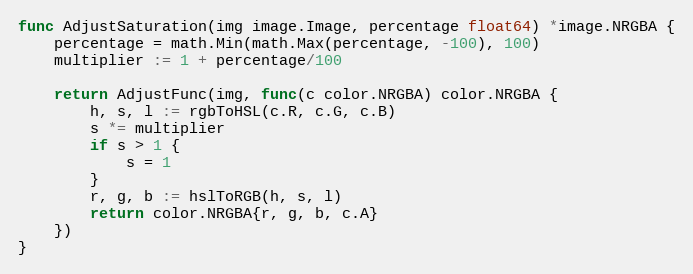
Language: Go
func AdjustSaturation(img image.Image, percentage float64) *image.NRGBA {
	percentage = math.Min(math.Max(percentage, -100), 100)
	multiplier := 1 + percentage/100

	return AdjustFunc(img, func(c color.NRGBA) color.NRGBA {
		h, s, l := rgbToHSL(c.R, c.G, c.B)
		s *= multiplier
		if s > 1 {
			s = 1
		}
		r, g, b := hslToRGB(h, s, l)
		return color.NRGBA{r, g, b, c.A}
	})
}